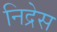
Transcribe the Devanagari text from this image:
निद्रेस